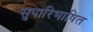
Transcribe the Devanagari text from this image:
सुपारिभाषित